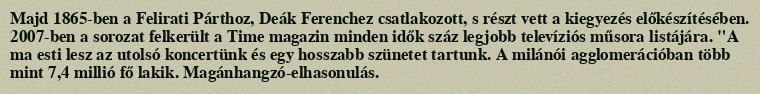
Majd 1865-ben a Felirati Párthoz, Deák Ferenchez csatlakozott, s részt vett a kiegyezés előkészítésében. 2007-ben a sorozat felkerült a Time magazin minden idők száz legjobb televíziós műsora listájára. "A ma esti lesz az utolsó koncertünk és egy hosszabb szünetet tartunk. A milánói agglomerációban több mint 7,4 millió fő lakik. Magánhangzó-elhasonulás.